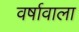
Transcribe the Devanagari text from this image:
वर्षावाला